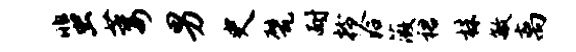
蜚萎男史甓耐拎洽薇裙株敏离